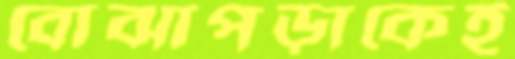
বোঝাপড়াকেই